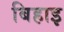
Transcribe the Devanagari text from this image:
बिहाइ